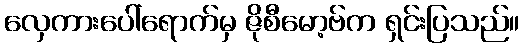
လှေကားပေါ်ရောက်မှ ဇိုစီမော့ဗ်က ရှင်းပြသည်။